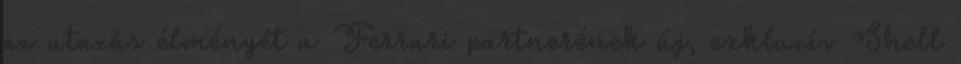
az utazás élményét a Ferrari partnerének új, exkluzív Shell